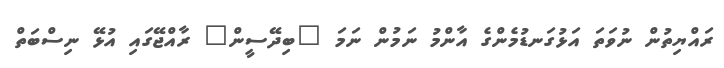
ރައްޔިތުން ނުވަތަ އަޅުގަނޑުމެންގެ އާންމު ނަމުން ނަމަ "ބިދޭސީން" ރާއްޖޭގައި އުޅޭ ނިސްބަތް